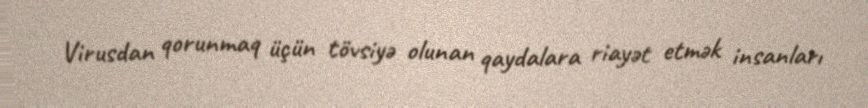
Virusdan qorunmaq üçün tövsiyə olunan qaydalara riayət etmək insanları